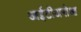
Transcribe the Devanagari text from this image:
आईटीअरोआ